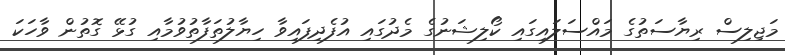
މަޖިލިސް ރިޔާސަތުގެ މައްސަލައިގައި ކޯލިޝަނުގެ މެދުގައި އުފެދިފައިވާ ހިޔާލުތަފާތުވުމާއި ގުޅޭ ގޮތުން ވާހަކަ